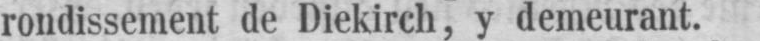
rondissement de Diekirch, y demeurant.